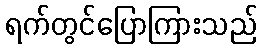
ရက်တွင်ပြောကြားသည်